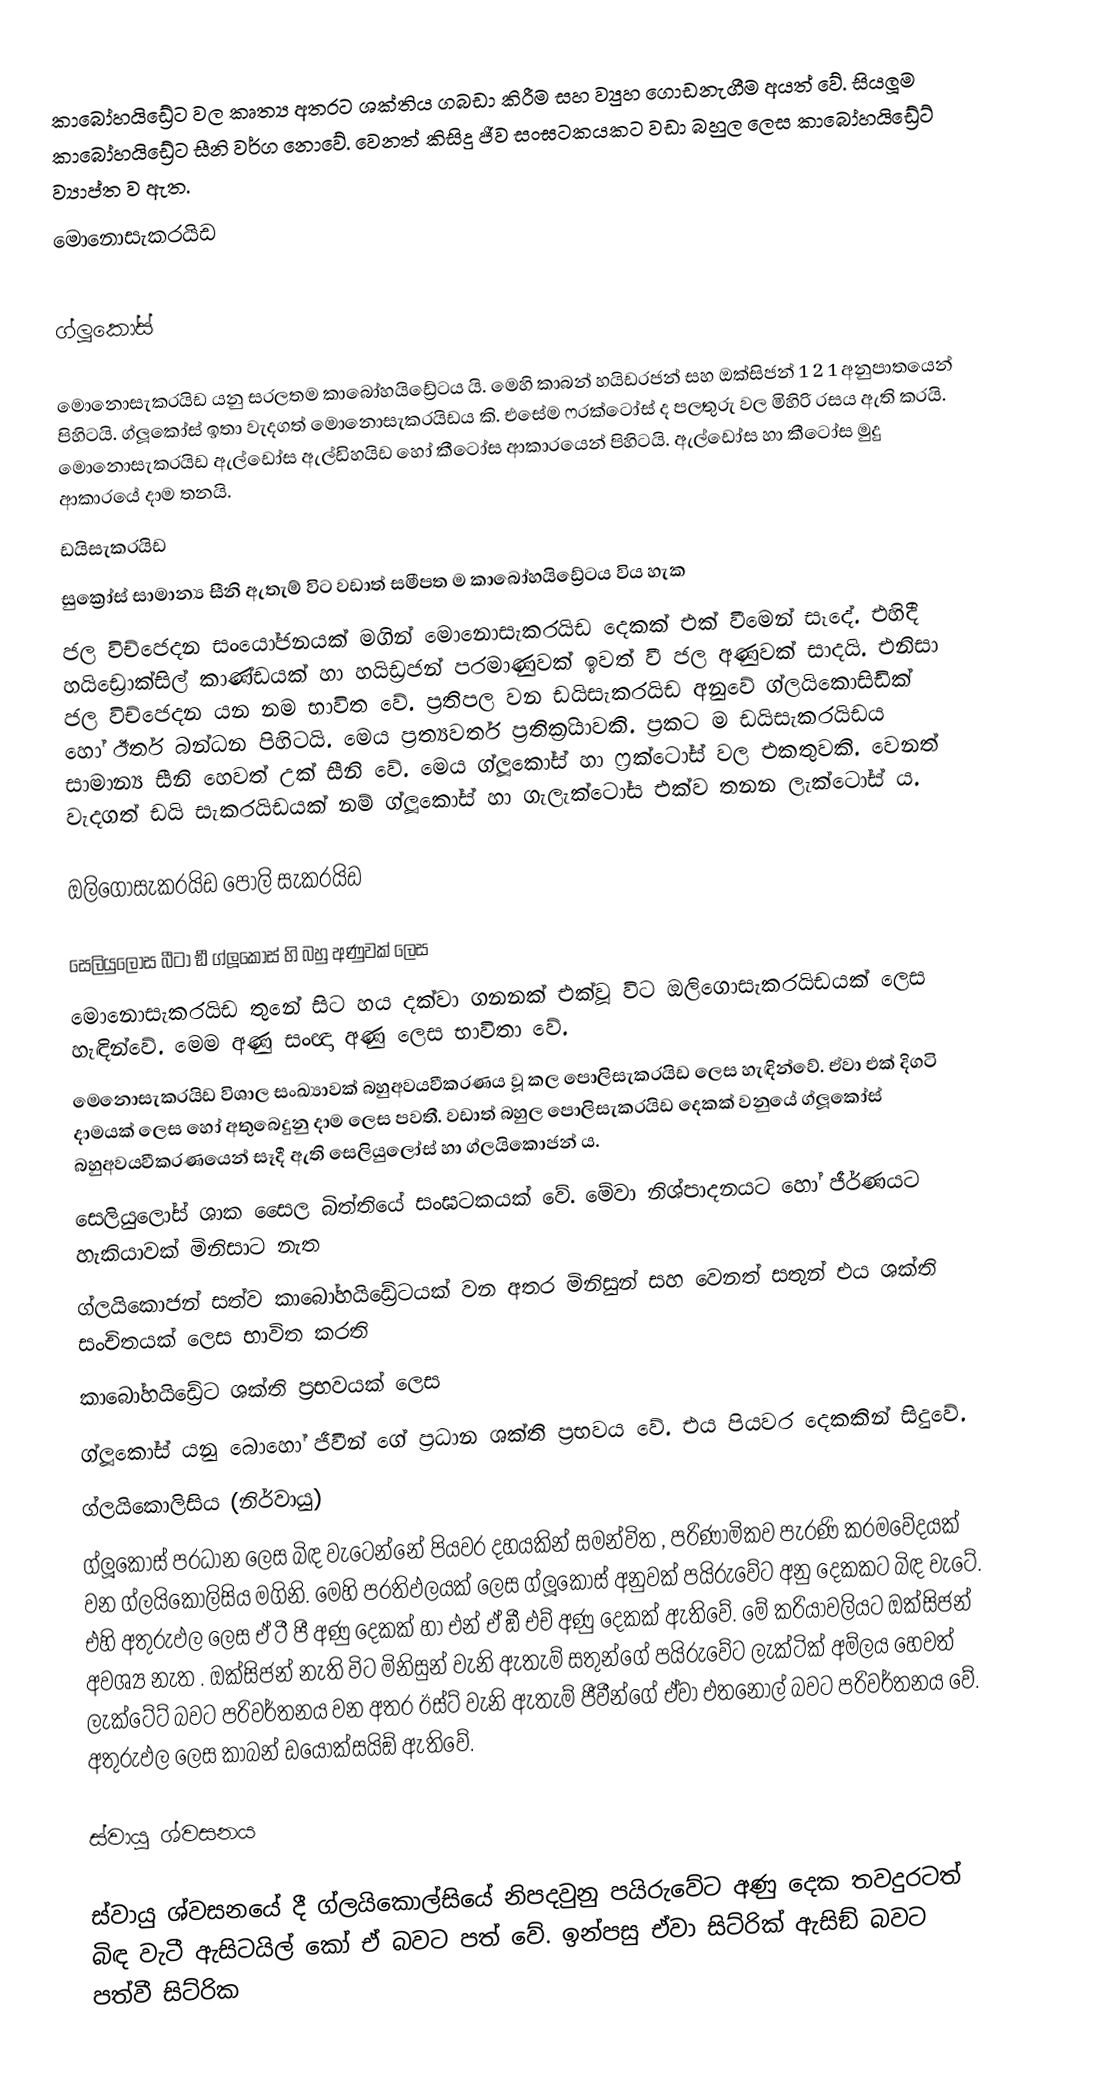
කාබෝහයිඩ්‍රේට වල කෘත්‍ය අතරට ශක්තිය ගබඩා කිරීම සහ ව්‍යුහ ගොඩනැගීම අයත් වේ. සියලූම කාබෝහයිඩ්‍රේට සීනි වර්ග නොවේ. වෙනත් කිසිදු ජීව සංඝටකයකට වඩා බහුල ලෙස කාබෝහයිඩ්‍රේට් ව්‍යාප්ත ව ඇත.
මොනොසැකරයිඩ

ග්ලූකෝස්

මොනොසැකරයිඩ යනු සරලතම කාබෝහයිඩ්‍රේටය යි. මෙහි කාබන් හයිඩ‍්‍රජන් සහ ඔක්සිජන් 1 2 1 අනුපාතයෙන් පිහිටයි. ග්ලූකෝස් ඉතා වැදගත් මොනොසැකරයිඩය කි. එසේම ෆ‍්‍රක්ටෝස් ද පලතුරු වල මිහිරි රසය ඇති කරයි. මොනොසැකරයිඩ ඇල්ඩෝස ඇල්ඩිහයිඩ හෝ කීටෝස ආකාරයෙන් පිහිටයි. ඇල්ඩෝස හා කීටෝස මුදු ආකාරයේ දාම තනයි.
ඩයිසැකරයිඩ
සුක්‍රෝස් සාමාන්‍ය සීනි ඇතැම් විට වඩාත් සමීපත ම කාබෝහයිඩ්‍රේටය විය හැක
ජල විච්ජෙදන සංයෝජනයක් මගින් මොනොසැකරයිඩ දෙකක් එක් වීමෙන් සෑදේ. එහිදී හයිඩ්‍රොක්සිල් කාණ්ඩයක් හා හයිඩ‍්‍රජන් පරමාණුවක් ඉවත් වී ජල අණුවක් සාදයි. එනිසා ජල විච්ජෙදන යන නම භාවිත වේ. ප‍්‍රතිපල වන ඩයිසැකරයිඩ අනුවේ ග්ලයිකොසිඩික් හෝ ඊතර් බන්ධන පිහිටයි. මෙය ප‍්‍රත්‍යවර්ත ප‍්‍රතික‍්‍රියාවකි. ප‍්‍රකට ම ඩයිසැකරයිඩය සාමාන්‍ය සීනි හෙවත් උක් සීනි වේ. මෙය ග්ලූකෝස් හා ෆ‍්‍රක්ටෝස් වල එකතුවකි. වෙනත් වැදගත් ඩයි සැකරයිඩයක් නම් ග්ලූකෝස් හා ගැලැක්ටෝස එක්ව තනන ලැක්ටෝස් ය.

ඔලිගොසැකරයිඩ පොලි සැකරයිඩ

සෙලියුලෝස බීටා ඞී ග්ලූකෝස් හි බහු අණුවක් ලෙස
මොනොසැකරයිඩ තුනේ සිට හය දක්වා ගනනක් එක්වූ විට ඔලිගොසැකරයිඩයක් ලෙස හැඳින්වේ. මෙම අණු සංඥා අණු ලෙස භාවිතා වේ.
මෙනොසැකරයිඩ විශාල සංඛ්‍යාවක් බහුඅවයවීකරණය වූ කල පොලිසැකරයිඩ ලෙස හැඳින්වේ. ඒවා එක් දිගටි දාමයක් ලෙස හෝ අතුබෙදුනු දාම ලෙස පවතී. වඩාත් බහුල පොලිසැකරයිඩ දෙකක් වනුයේ ග්ලූකෝස් බහුඅවයවීකරණයෙන් සෑදී ඇති සෙලියුලෝස් හා ග්ලයිකොජන් ය.
සෙලියුලෝස් ශාක සෛල බිත්තියේ සංඝටකයක් වේ. මේවා නිශ්පාදනයට හෝ ජීර්ණයට හැකියාවක් මිනිසාට නැත
ග්ලයිකොජන් සත්ව කාබෝහයිඩ්‍රේටයක් වන අතර මිනිසුන් සහ වෙනත් සතුන් එය ශක්ති සංචිතයක් ලෙස භාවිත කරති
කාබෝහයිඩ්‍රේට ශක්ති ප‍්‍රභවයක් ලෙස
ග්ලූකෝස් යනු බොහෝ ජීවීන් ගේ ප‍්‍රධාන ශක්ති ප‍්‍රභවය වේ. එය පියවර දෙකකින් සිදුවේ.
ග්ලයිකොලිසිය (නිර්වායු)
ග්ලූකෝස් ප‍්‍රධාන ලෙස බිඳ වැටෙන්නේ පියවර දහයකින් සමන්විත , පරිණාමිකව පැරණි ක‍්‍රමවේදයක් වන ග්ලයිකොලිසිය මගිනි. මෙහි ප‍්‍රතිඵලයක් ලෙස ග්ලූකෝස් අනුවක් පයිරුවේට අනු දෙකකට බිඳ වැටේ. එහි අතුරුඵල ලෙස ඒ ටී පී අණු දෙකක් හා එන් ඒ ඞී එච් අණු දෙකක් ඇතිවේ. මේ ක‍්‍රියාවලියට ඔක්සිජන් අවශ්‍ය නැත . ඔක්සිජන් නැති විට මිනිසුන් වැනි ඇතැම් සතුන්ගේ පයිරුවේට ලැක්ටික් අම්ලය හෙවත් ලැක්ටේට් බවට පරිවර්තනය වන අතර ඊස්ට් වැනි ඇතැම් ජීවීන්ගේ ඒවා එතනෝල් බවට පරිවර්තනය වේ. අතුරුඵල ලෙස කාබන් ඩයොක්සයිඞ් ඇතිවේ.

ස්වායු ශ්වසනය

ස්වායු ශ්වසනයේ දී ග්ලයිකොල්සියේ නිපදවුනු පයිරුවේට අණු දෙක තවදුරටත් බිඳ වැටී ඇසිටයිල් කෝ ඒ බවට පත් වේ. ඉන්පසු ඒවා සිට්රික් ඇසිඞ් බවට පත්වී සිට්රික